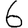
Digit: 6